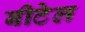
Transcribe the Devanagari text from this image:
बीटेल